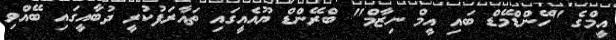
އީމްގެ "ހޭންޑްމޭޑް ބައި އީމް ނިޒާމް" ބްރޭންޑް ޔޫއެއީގައި ތައާރަފުކުރީ ދުބާއީގައި ބޭއްވި